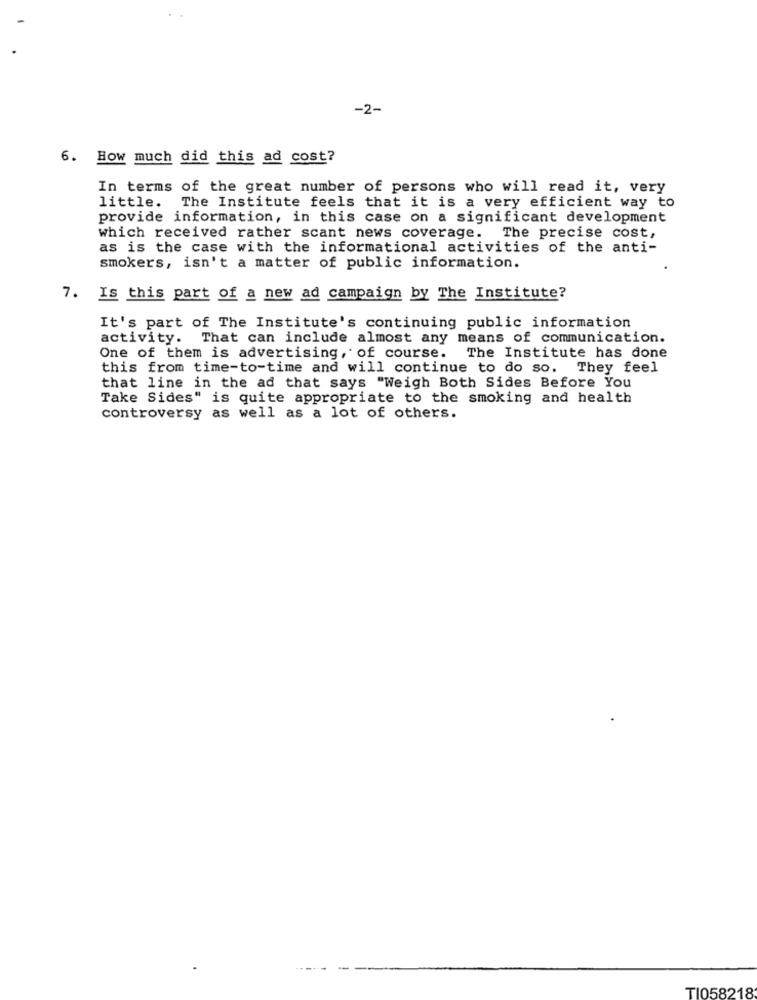
-2-
6. How much did this ad cost?
In terms of the great number of persons who will read it, very
little. The Institute feels that it is a very efficient way to
provide information, in this case on a significant development
which received rather scant news coverage. The precise cost,
as is the case with the informational activities of the anti-
smokers, isn't a matter of public information.
7.
Is this part of a new ad campaign by The Institute?
It's part of The Institute's continuing public information
activity. That can include almost any means of communication.
The Institute has done
One of them is advertising, of course.
this from time-to-time and will continue to do so. They feel
that line in the ad that says "Weigh Both Sides Before You
Take Sides" is quite appropriate to the smoking and health
controversy as well as a lot of others.
TI058218